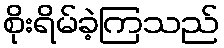
စိုးရိမ်ခဲ့ကြသည်